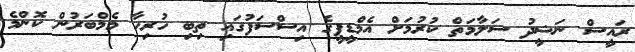
ރައީސް ނަޝީދު ސަލާމަތް ކުރުމަށް އެމްޑީޕީގެ އިސްސަފުގައި ތިބި ހުރިހާ މެމްބަރުން ކޮންމެ